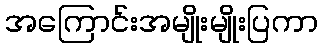
အကြောင်းအမျိုးမျိုးပြကာ